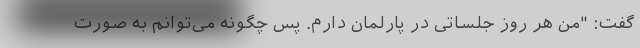
گفت: "من هر روز جلساتی در پارلمان دارم. پس چگونه می‌توانم به صورت